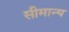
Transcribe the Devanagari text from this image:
सीमान्य